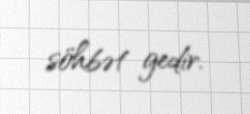
söhbət gedir.